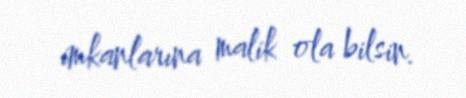
imkanlarına malik ola bilsin.